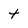
Character: t